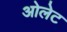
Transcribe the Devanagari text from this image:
ओलेट